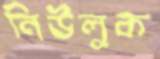
নিউলুক